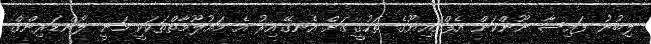
ލިބުނު ފައިސާ ނޫންކަން އެފްއައިޔޫގެ ތަހުގީގަށް އެނގޭއިރު އެ މައުލޫމާތްތަކަކީ މަނީ ލޯންޑަރިންގް